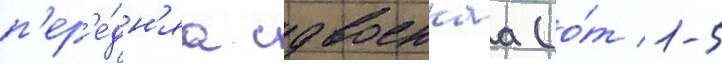
п'ер'е́дн'яа сдвоеннаа (о́т 1-5